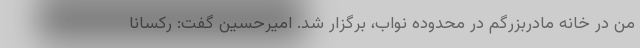
من در خانه مادربزرگم در محدوده نواب، برگزار شد. امیرحسین گفت: رکسانا